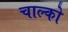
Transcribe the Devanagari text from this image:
चाल्को